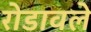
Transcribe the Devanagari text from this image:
रोडावले